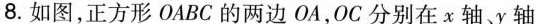
8.如图，正方形OABC的两边OA，OC分别在x轴、y轴